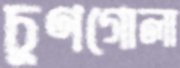
চুণগোলা